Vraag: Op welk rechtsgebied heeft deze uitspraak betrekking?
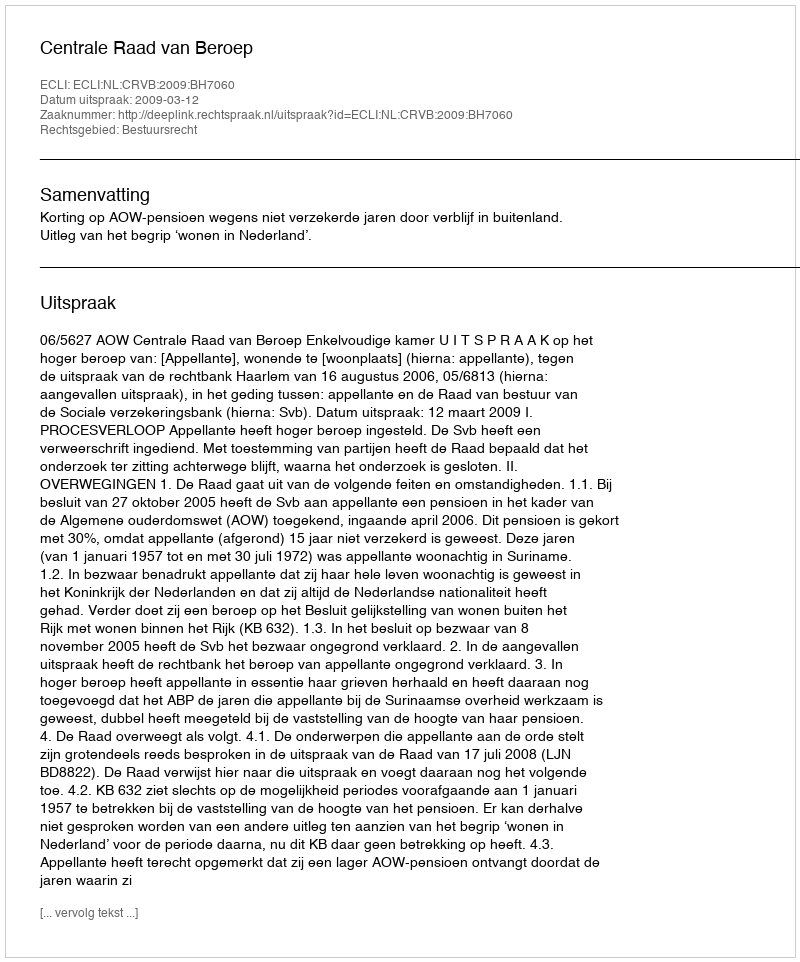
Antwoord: Bestuursrecht